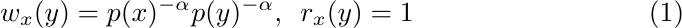
\begin{equation}\label{eq:diffmapOG}
w_x(y) = p(x)^{-\alpha} p(y)^{-\alpha}, \,\,\, r_x(y) = 1
\end{equation}